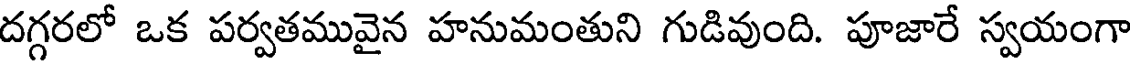
దగ్గరలో ఒక పర్వతమువైన హనుమంతుని గుడివుంది. పూజారే స్వయంగా